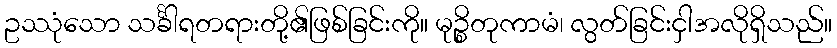
ဥဿုံသော သင်္ခါရတရားတို့၏ဖြစ်ခြင်းကို။ မုဉ္စိတုကာမံ၊ လွတ်ခြင်းငှါအလိုရှိသည်။